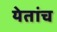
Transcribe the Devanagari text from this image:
येतांच